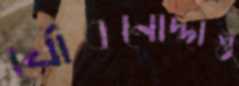
যৌবনোদ্দীপ্ত